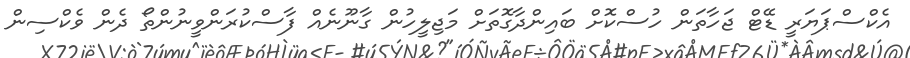
އެކްސްޕަޔަރީ ޑޭޓް ޖަހާތަން ހުސްކޮށް ބައިންދާގޮތަށް މަޖިލީހުން ގާނޫނެއް ފާސްކުރަންވީނުންތޯ ދެން ވެކްސިން